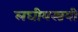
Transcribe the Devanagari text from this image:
लघीयस्त्रयी